Scottish Leaving Certificate Examination, 1959
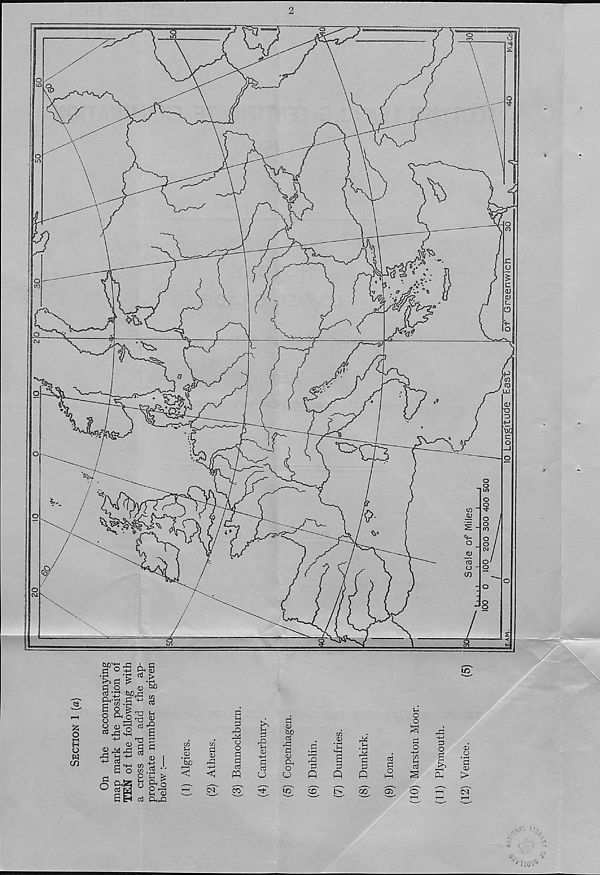
$2 O
<D &£
cd
bJD^ rn
UD
W '
o
r a t-i
^i
o
g
w
CA1
o Ph O 3
^ ,8 <s
a
+->
TJ 0
<u ri S
CD^)^ g P
£
^1
a o ^ .g ••
o
° o ^
a
^ <D
Cd P4r&
m u
(D
• T—i
bjO
w
rt
OJ
+->
<N
n S-i
pi
P2
o
o
p
p
p
PQ
co
£>■ >
^-i
'S <D
+->
P
P
o
p
<u
W)
p
rp
p CD
Ph
o
CJ
in'
rP
P
Q
<D
cn
CD
P
P
EP
P
P
P
oo'
p
p
o
CP
t-H
o
o
p
o
+-> C/J ^-1
p
p
o
a
p—I
Ph
0)
o
• T—<
p
CD
>
cT
S' ■ <
<?